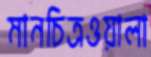
মানচিত্রওয়ালা